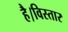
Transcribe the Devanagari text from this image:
है।विस्तार